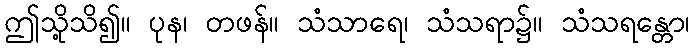
ဤသို့သိ၍။ ပုန၊ တဖန်။ သံသာရေ၊ သံသရာ၌။ သံသရန္တော၊